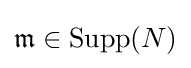
{\mathfrak {m}}\in \operatorname {Supp} (N)